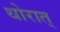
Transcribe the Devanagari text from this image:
थोरात्